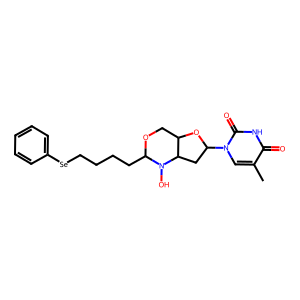
SMILES: Cc1cn(C2CC3C(COC(CCCC[Se]c4ccccc4)N3O)O2)c(=O)[nH]c1=O
Inhibits HIV replication: Yes